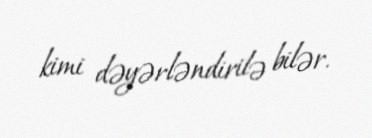
kimi dəyərləndirilə bilər.